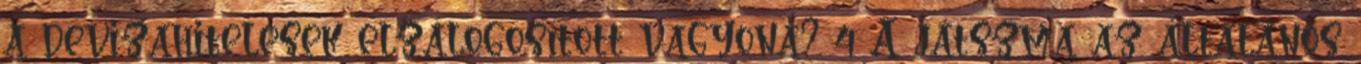
a devizahitelesek elzálogosított vagyona? 4 A játszma az általános